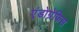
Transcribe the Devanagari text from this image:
एंडोग्रेफिस